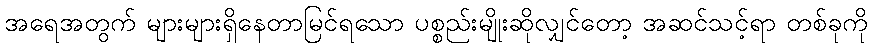
အရေအတွက် များများရှိနေတာမြင်ရသော ပစ္စည်းမျိုးဆိုလျှင်တော့ အဆင်သင့်ရာ တစ်ခုကို